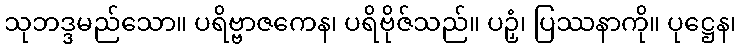
သုဘဒ္ဒမည်သော။ ပရိဗ္ဗာဇကေန၊ ပရိဗိုဇ်သည်။ ပဉှံ၊ ပြဿနာကို။ ပုဋ္ဌေန၊